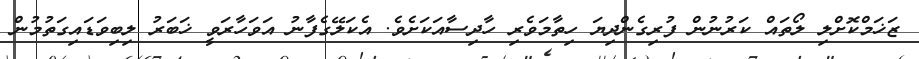
ޒަޚަމްކޮށްލި ލޯތައް ކަރުނުން ފުރިގެންދިޔަ ހިތާމަވެރި ހާދިސާއަކަށެވެ. އެކަލޭގެފާނު އަވަހާރަވީ ޚަބަރު ލިބިވަޑައިގަތުމުން